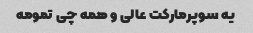
یه سوپرمارکت عالی و همه چی تمومه